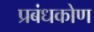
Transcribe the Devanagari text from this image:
प्रबंधकोण